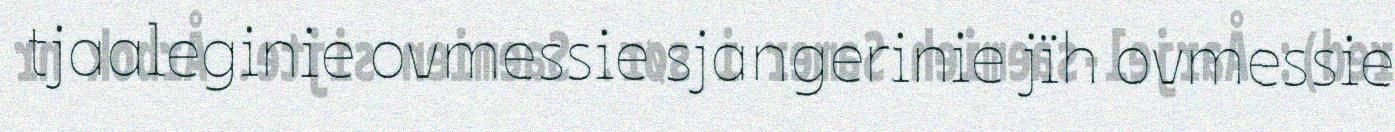
tjaaleginie ovmessie sjangerinie jïh ovmessie